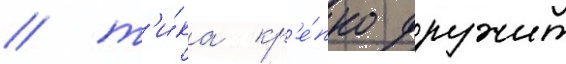
/ т'и́ка кр'е́пко дружит